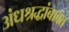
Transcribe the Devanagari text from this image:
अंधश्रद्धांबाबत